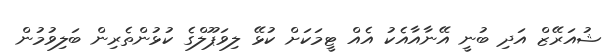
ޝުއަރޭޒް އަދި ބުނީ އޭނާއާއެކު އެއް ޓީމަކަށް ކުޅޭ ލިވަޕޫލްގެ ކުޅުންތެރިން ބަލިވުމުން